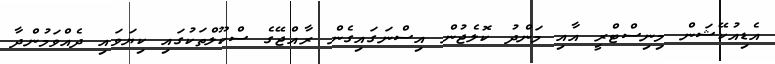
އެޑިއުކޭޝަން މިނިސްޓްރީ އާއި މަންދު ކޮލެޖުން އިސްނަގައިގެން ރާއްޖޭގެ ސްކޫލްތަކުގައި ކިޔަވައި ދެއްވަމުންދާ